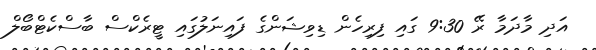
އަދި މާދަމާ ރޭ 9:30 ގައި ފިރިހެން ޑިވިޝަންގެ ފައިނަލުގައި ޓީރެކްސް ބާސްކެޓްބޯލް